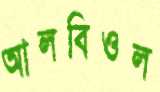
আলবিওল